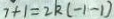
7 + 1 = 2 k ( - 1 - 1 )